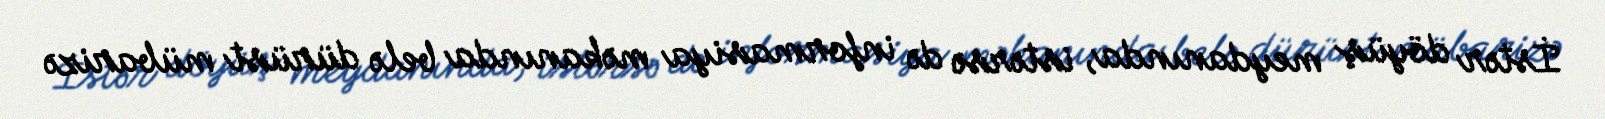
İstər döyüş meydanında, istərsə də informasiya məkanında belə dürüst mübarizə